Document type: Sale
Year: 1326
Scribe: Bartomeu Marc
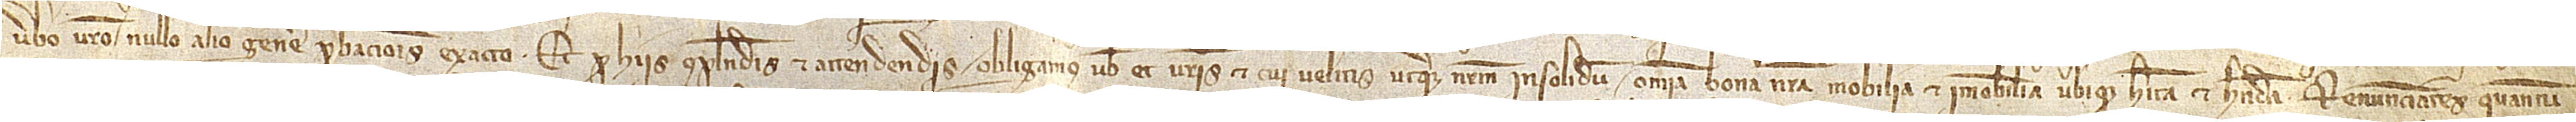
verbo vestro, nullo alio genere probacionis exacto. Et pro hiis complendis et attendendis obligamos vobis et vestris et cui velitis uterque nostrum insolidum omnia bona nostra, mobilia et immobilia, ubique habita et habenda, renunciantes quantum